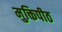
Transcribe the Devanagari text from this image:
मुक्तिपीठ